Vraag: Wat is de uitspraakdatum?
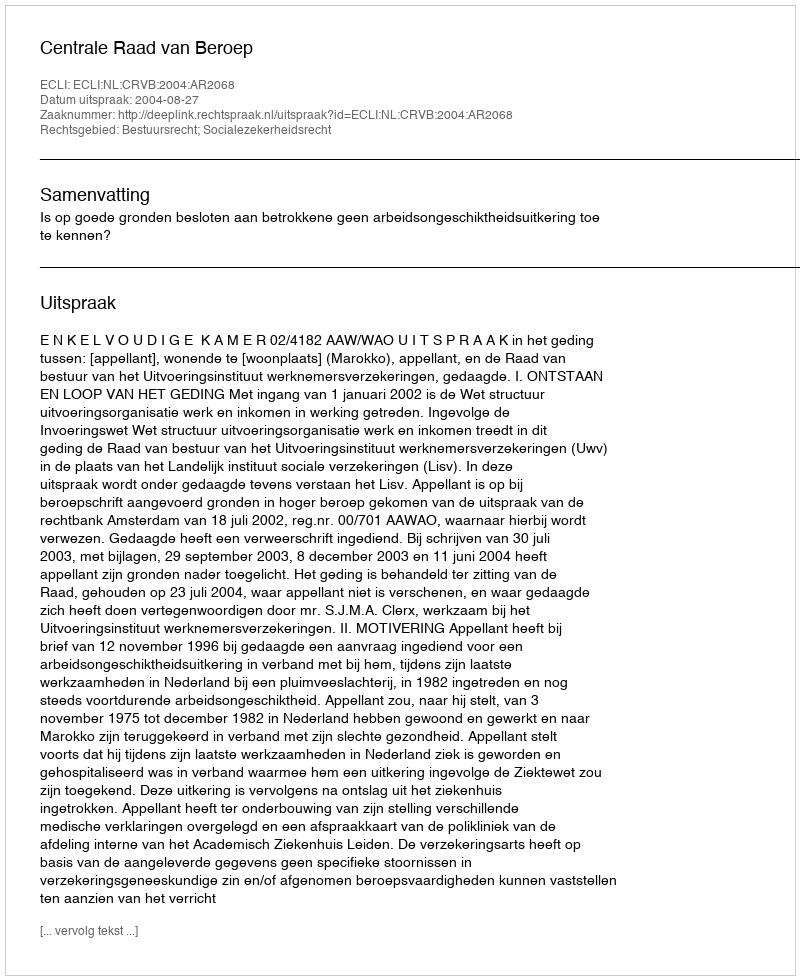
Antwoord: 2004-08-27